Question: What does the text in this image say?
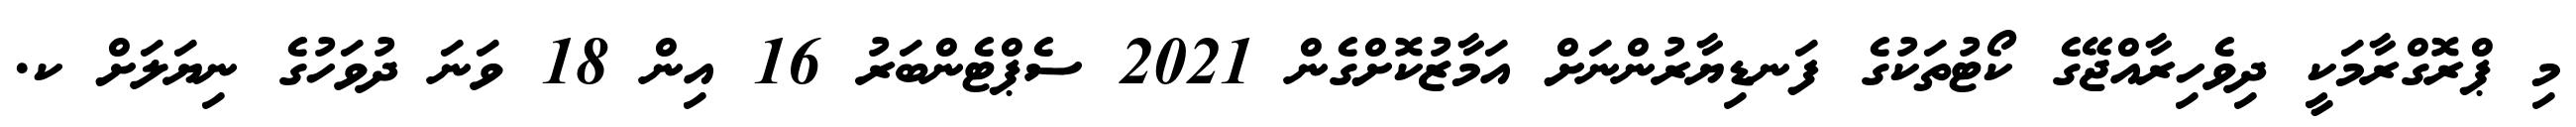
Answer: މި ޕްރޮގްރާމަކީ ދިވެހިރާއްޖޭގެ ކޯޓުތަކުގެ ފަނޑިޔާރުންނަށް އަމާޒުކޮށްގެން 2021 ސެޕްޓެންބަރު 16 އިން 18 ވަނަ ދުވަހުގެ ނިޔަލަށް ކ.